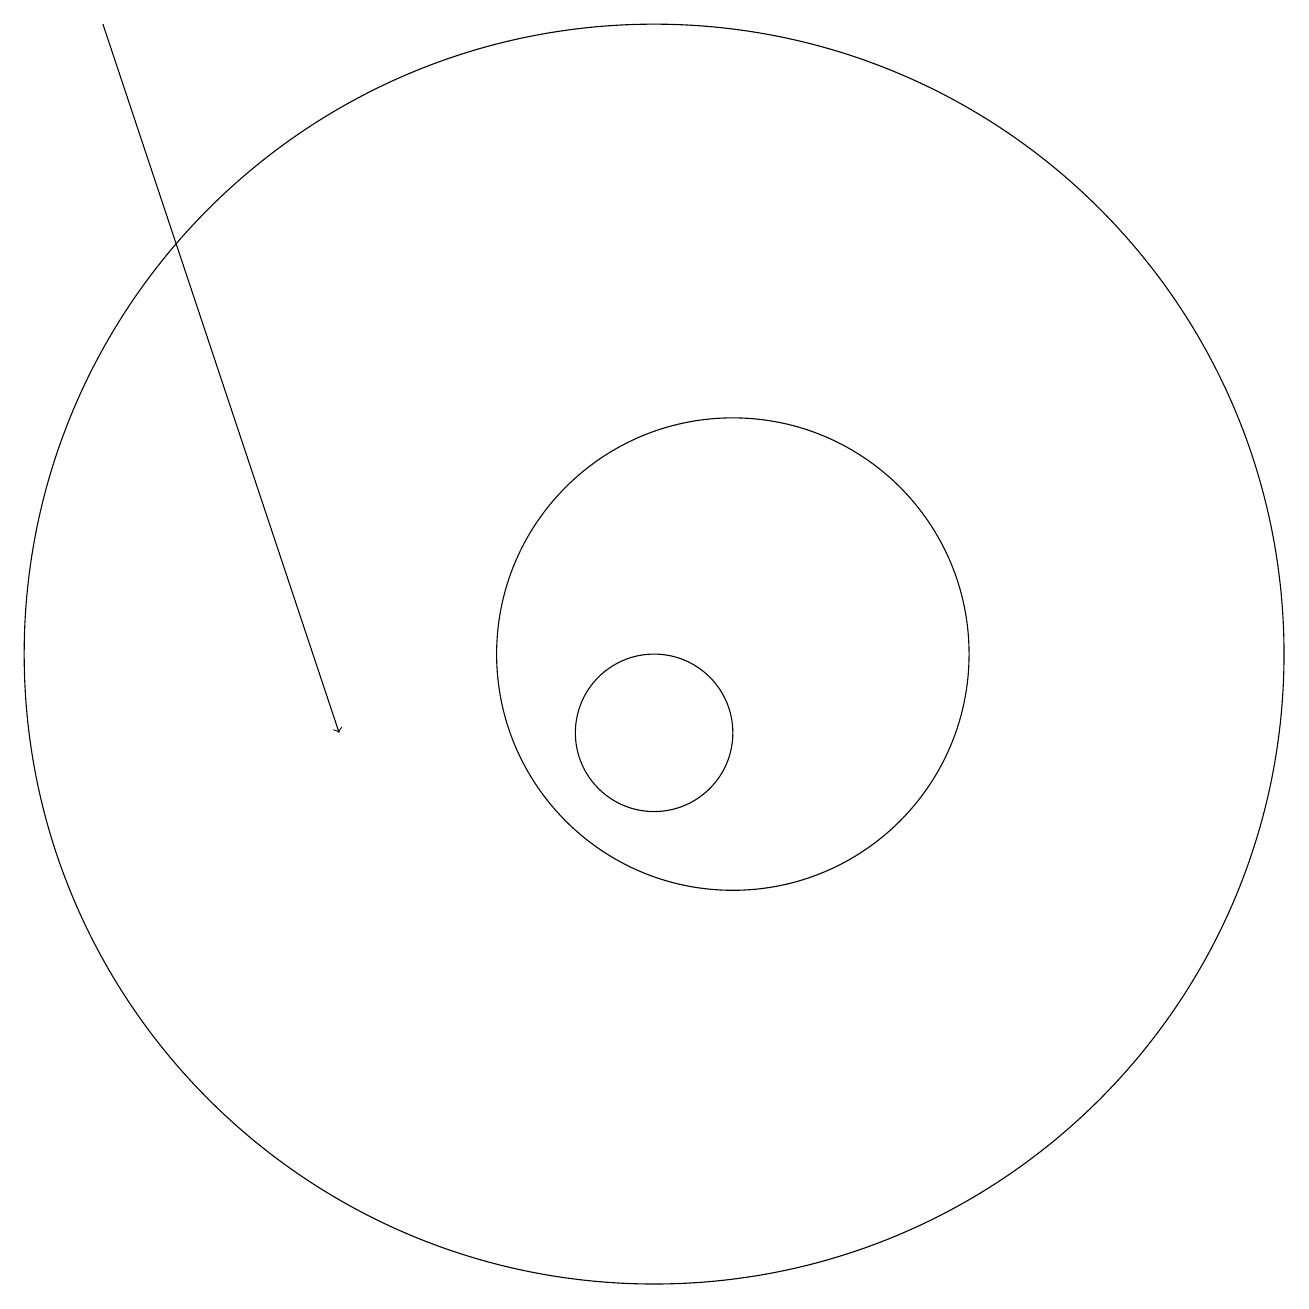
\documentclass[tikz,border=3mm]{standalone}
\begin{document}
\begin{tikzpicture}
\draw[->] (3,19) -- (6,10);
\draw (10,10) circle (1);
\draw (10,11) circle (8);
\draw (11,11) circle (3);
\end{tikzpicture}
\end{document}